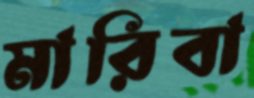
মারিবা